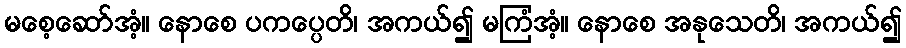
မစေ့ဆော်အံ့။ နောစေ ပကပ္ပေတိ၊ အကယ်၍ မကြံအံ့။ နောစေ အနုသေတိ၊ အကယ်၍